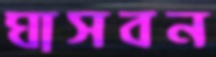
ঘাসবন